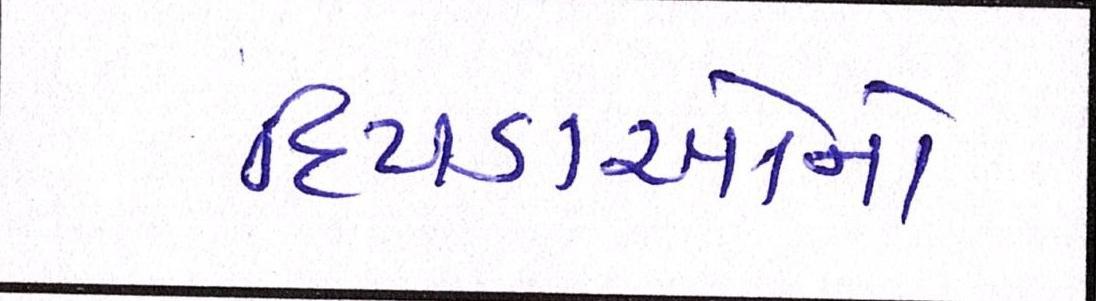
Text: દિપડાઓનો